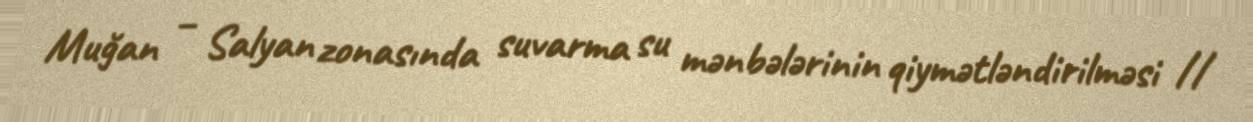
Muğan – Salyan zonasında suvarma su mənbələrinin qiymətləndirilməsi //